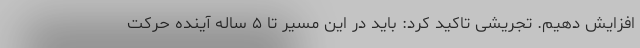
افزایش دهیم. تجریشی تاکید کرد: باید در این مسیر تا ۵ ساله آینده حرکت